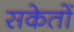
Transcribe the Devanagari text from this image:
सकेतों